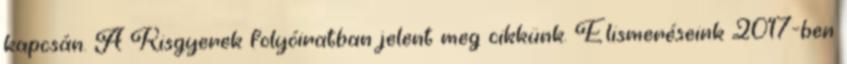
kapcsán. A Kisgyerek folyóiratban jelent meg cikkünk. Elismeréseink 2017-ben